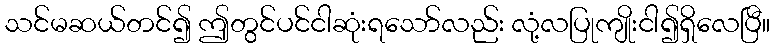
သင်မဆယ်တင်၍ ဤတွင်ပင်ငါဆုံးရသော်လည်း လုံ့လပြုကျိုးငါ၍ရှိလေပြီ။